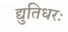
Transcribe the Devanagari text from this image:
द्युतिधरः